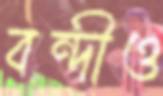
বন্দীও